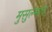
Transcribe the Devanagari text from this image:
मुसुल्मान